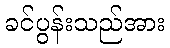
ခင်ပွန်းသည်အား